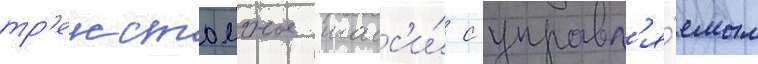
тр'ехстоечное шасс'и́ с управл'я́емым